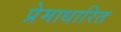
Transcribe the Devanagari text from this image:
प्रेमाधारित